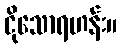
ငိုသောရဟန်း။